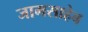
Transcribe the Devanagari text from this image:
जामसाहेब